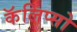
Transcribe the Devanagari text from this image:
कॅलिप्सो